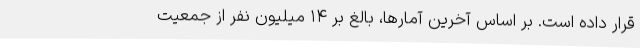
قرار داده است. بر اساس آخرین آمارها، بالغ بر ۱۴ میلیون نفر از جمعیت